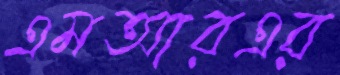
এমআরএর